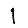
Digit: 1